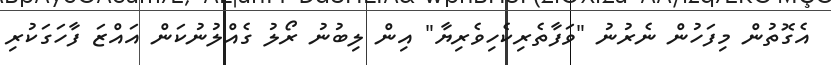
އެގޮތުން މިފަހުން ނެރުނު "ވަފާތެރިކެހިވެރިޔާ" އިން ލިބުނު ރޯލު ގެއްލުނުކަން އައްޒަ ފާހަގަކުރި